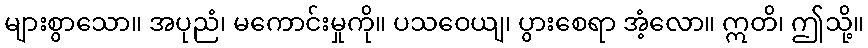
များစွာသော။ အပုညံ၊ မကောင်းမှုကို။ ပသဝေယျ၊ ပွားစေရာ အံ့လော။ ဣတိ၊ ဤသို့။